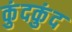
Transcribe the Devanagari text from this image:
कुंदकुंद